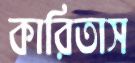
কারিতাস